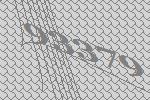
93379